Vaccination North-Western Provinces and Oudh 1896-1901 - 1896-1901
Year: 1896
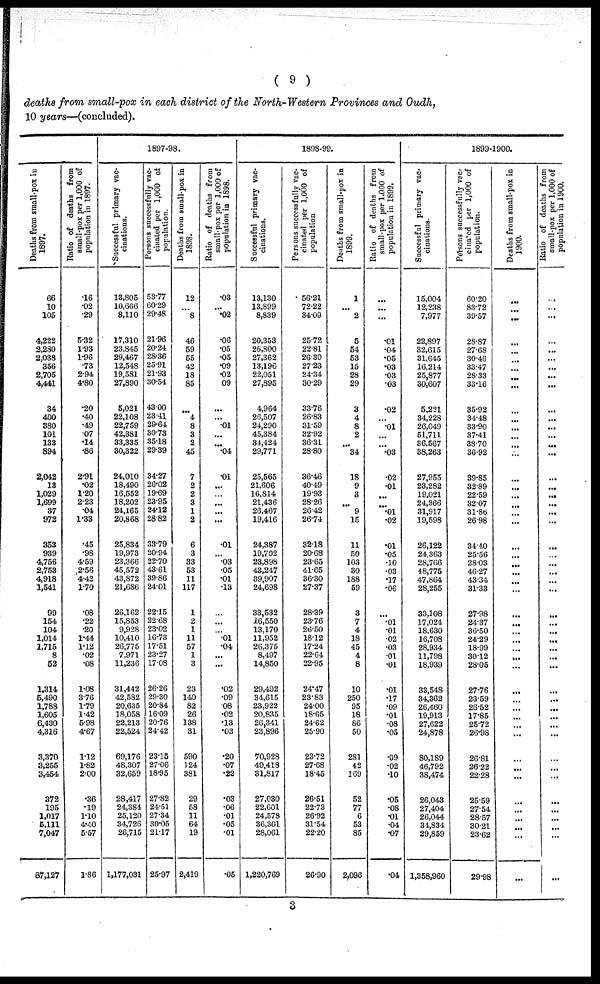
( 9 )
deaths from small-pox in each district of the North-Western Provinces and Oudh,
10 years—(concluded).
Deaths from small-pox in
1897.
66
10
105
4,222
2,280
2,038
356
2,705
4,411
34
400
380
101
133
894
2,042
13
1,029
1,699
37
972
353
939
4,756
2,753
4,918
1,541
99
154
104
1,014
1,715
8
52
1,314
5,490
1,788
1,605
6,430
4,316
3,370
3,255
3,454
372
195
1,017
5,111
7,047
87,127
Ratio of deaths from
small-pox per 1,000 of
population in 1897.
.16
.02
.29
5.32
1.93
1.96
.73
2.94
4.80
.20
.40
.49
.07
.14
.86
2.91
.02
1.20
2.23
.04
1.33
.45
.98
4.59
2.56
4.42
1.70
.08
.22
.20
1.44
1.12
.02
.08
1.08
3.76
1.79
1.42
5.98
4.67
1.12
1.82
2.00
.36
.19
1.10
4.40
5.57
1.86
1897-98.
Successful primary vac-
cinations.
13,805
10,666
8,110
17,310
23,845
29,467
12,548
19,581
27,890
5,021
22,108
22,759
42,381
33,335
30,322
24,010
18,490
16,552
18,202
24,165
20,868
25,834
19,973
23,366
45,572
43,872
21,686
26,162
15,853
9,928
10,410
26,775
7,971
11,236
31,442
42,582
20,635
18,058
22,213
22,524
69,176
48,307
32,659
28,417
24,384
25,120
34,726
26,715
1,177,031
Persons successfully vac-
cinated per 1,000 of
population.
53.77
60.29
29.48
21.96
20.24
28.36
25.91
21.93
30.54
43.00
23.41
29.64
30.73
35.18
29.39
34.27
26.02
19.69
23.95
24.12
28.82
33.79
20.94
22.70
43.61
39.86
24.01
22.15
22.68
23.02
16.73
17.51
23.27
17.08
26.26
29.30
20.84
16.09
20.76
24.42
23.15
27.06
18.95
27.82
24.51
27.34
30.05
21.17
25.97
Deaths from small-pox in
1898.
12
...
8
46
59
55
42
18
85
...
4
8
3
2
45
7
2
2
3
1
2
6
3
33
53
11
117
1
2
1
11
57
1
3
23
140
82
26
138
31
590
124
381
29
58
11
64
19
2,419
Ratio of deaths from
small-pox per 1,000 of
population in 1898.
.03
...
.02
.06
.05
.05
.09
.02
.09
...
...
.01
...
...
.04
.01
...
...
...
...
...
.01
... .03
.05
.01
.13
...
...
...
.01
.04
...
...
.02
.09
.08
.02
.13
.03
.20
.07
.22
.03
.06
.01
.05
.01
.05
1898-99.
Successful primary vac-
cinations.
13,130
13,899
8,839
20,353
26,800
27,362
13,196
22,051
27,895
4,964
26,507
24,290
45,384
34,424
29,771
25,565
21,606
16,814
21,436
26,467
19,416
24,387
19,702
23,898
43,247
39,907
24,698
33,532
16,550
13,170
11,952
26,375
8,497
14,850
29,492
34,615
23,922
20,835
26,341
23,896
70,928
49,418
31,817
27,030
22,601
24,578
36,301
28,061
1,220,769
Persons successfully vac-
cinated per 1,000 of
population
56.21
72.22
34.09
25.72
22.81
26.30
27.23
24.34
30.29
33.76
26.83
31.59
32.92
36.31
28.80
36.46
40.49
19.93
28.26
26.42
26.74
32.18
20.68
23.65
41.65
36.30
27.37
28.39
23.76
26.50
18.12
17.24
22.64
22.95
24.47
23.83
24.00
18.65
24.62
25.90
23.72
27.68
18.45
26.51
22.73
26.92
31.54
22.20
26.90
Deaths from small-pox in
1899.
1
...
2
5
54
53
15
28
29
3
4
8
2
...
34
18
9
3
...
9
15
11
50
103
30
188
59
3
7
4
18
45
4
8
10
250
95
18
86
50
281
42
169
52
77
6
53
85
2,096
Ratio of deaths from
small-pox per 1,000 of
population in 1899.
...
...
...
.01
.04
.05
.03
.03
.03
.02
...
.01
...
...
.03
.02
.01
...
...
.01
.02
.01
.05
.10
.03
.17
.06
...
.01
.01
.02
.03
.01
.01
.01
.17
.09
.01
.08
.05
.09
.02
.10
.05
.08
.01
.04
.07
.04
1899-1900.
Successful primary vac-
cinations.
15,004
12,238
7,977
22,897
32,615
31,645
16,214
25,877
30,607
5,221
34,228
26,049
51,711
36,567
38,263
27,955
23,282
19,021
24,366
31,917
19,598
26,122
24,363
28,766
48,775
47,864
28,255
33,108
17,024
18,630
16,708
28,934
11,798
18,939
33,548
34,362
26,460
19,913
27,622
24,878
80,189
46,792
38,474
26,043
27,404
26,044
34,834
29,859
1,358,960
Persons successfully vac-
cinated per 1,000 of
population.
60.20
83.72
39.57
28.87
27.68
30.46
33.47
28.33
33.16
35.92
34.48
33.90
37.41
38.70
36.92
39.85
32.89
22.59
32.07
31.86
26.98
34.40
25.56
28.03
46.27
43.34
31.33
27.98
24.37
36.50
24.29
18.99
30.12
28.05
27.76
23.59
26.52
17.85
25.72
26.98
26.81
26.22
22.28
25.59
27.54
28.57
30.21
23.62
29.98
Deaths from small-pox in
1900.
...
...
...
...
...
...
...
...
...
...
...
...
...
...
...
...
...
...
...
...
...
...
...
...
...
...
...
...
...
...
...
...
...
...
...
...
...
...
...
...
...
...
...
...
...
...
...
...
...
Ratio of deaths from
small-pox
per 1,000 of
population in 1900.
...
...
...
...
...
...
...
...
...
...
...
...
...
...
...
...
...
...
...
...
...
...
...
...
...
...
...
...
...
...
...
...
...
...
...
...
...
...
...
...
...
...
...
...
...
...
...
...
...
3